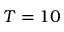
T = 1 0